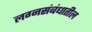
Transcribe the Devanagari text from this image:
लग्नसंबंधातील